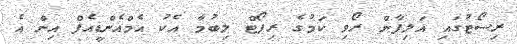
ރިސޯޓުގައި އަލިފާން ރޯވި ކަމުގެ ރިޕޯޓް ލިބުމާ އެކު އެމްއެންޑީއެފް އިން އެ